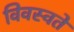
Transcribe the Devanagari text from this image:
विवस्वते